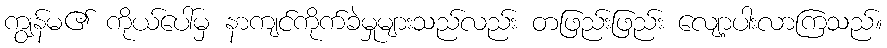
ကျွန်မ၏ ကိုယ်ပေါ်မှ နာကျင်ကိုက်ခဲမှုများသည်လည်း တဖြည်းဖြည်း လျော့ပါးလာကြသည်။